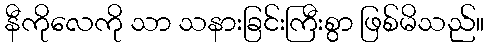
နီကိုလေကို သာ သနားခြင်းကြီးစွာ ဖြစ်မိသည်။